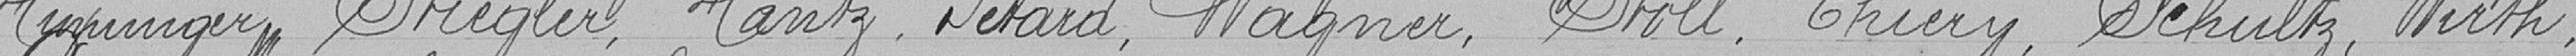
Hininger, Striegler, Hantz, Pétard, Wagner, Stoll, Thiery, Schultz, Werth